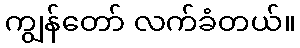
ကျွန်တော် လက်ခံတယ်။